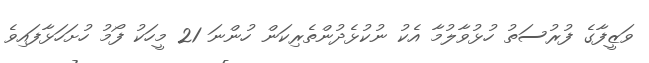
ވަޒީފާގެ ފުރުސަތު ހުޅުވާލުމާ އެކު ނުކުޅެދުންތެރިކަން ހުންނަ 21 މީހަކު ފޯމު ހުށަހަޅާފައިވެ